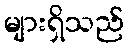
များရှိသည်